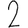
Digit: 2